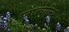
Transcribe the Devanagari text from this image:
स्नात्वास्थि